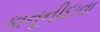
કાનૂનીદાવા